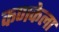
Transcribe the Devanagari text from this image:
कणकेला